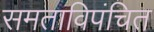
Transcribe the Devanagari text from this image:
समताविपंचित